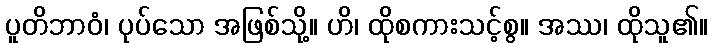
ပူတိဘာဝံ၊ ပုပ်သော အဖြစ်သို့။ ဟိ၊ ထိုစကားသင့်စွ။ အဿ၊ ထိုသူ၏။